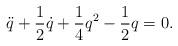
LaTeX: \begin{align*}\ddot{q} + \frac{1}{2} \dot{q} + \frac{1}{4}q^2 - \frac{1}{2}q = 0.\end{align*}